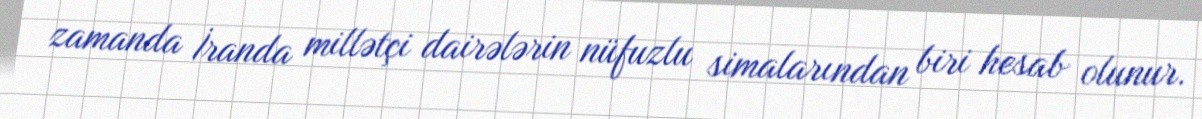
zamanda İranda millətçi dairələrin nüfuzlu simalarından biri hesab olunur.